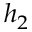
h _ { 2 }